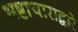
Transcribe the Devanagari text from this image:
भ्रष्टाचाराद्वारे